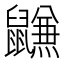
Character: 𱌐